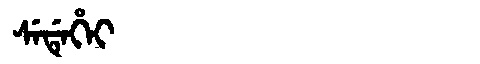
Manchu: ᠰᡝᡩᡝᡥᡝᡳ
Romanization: SEDEHEI